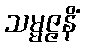
သမ္မဇ္ဇနိံ